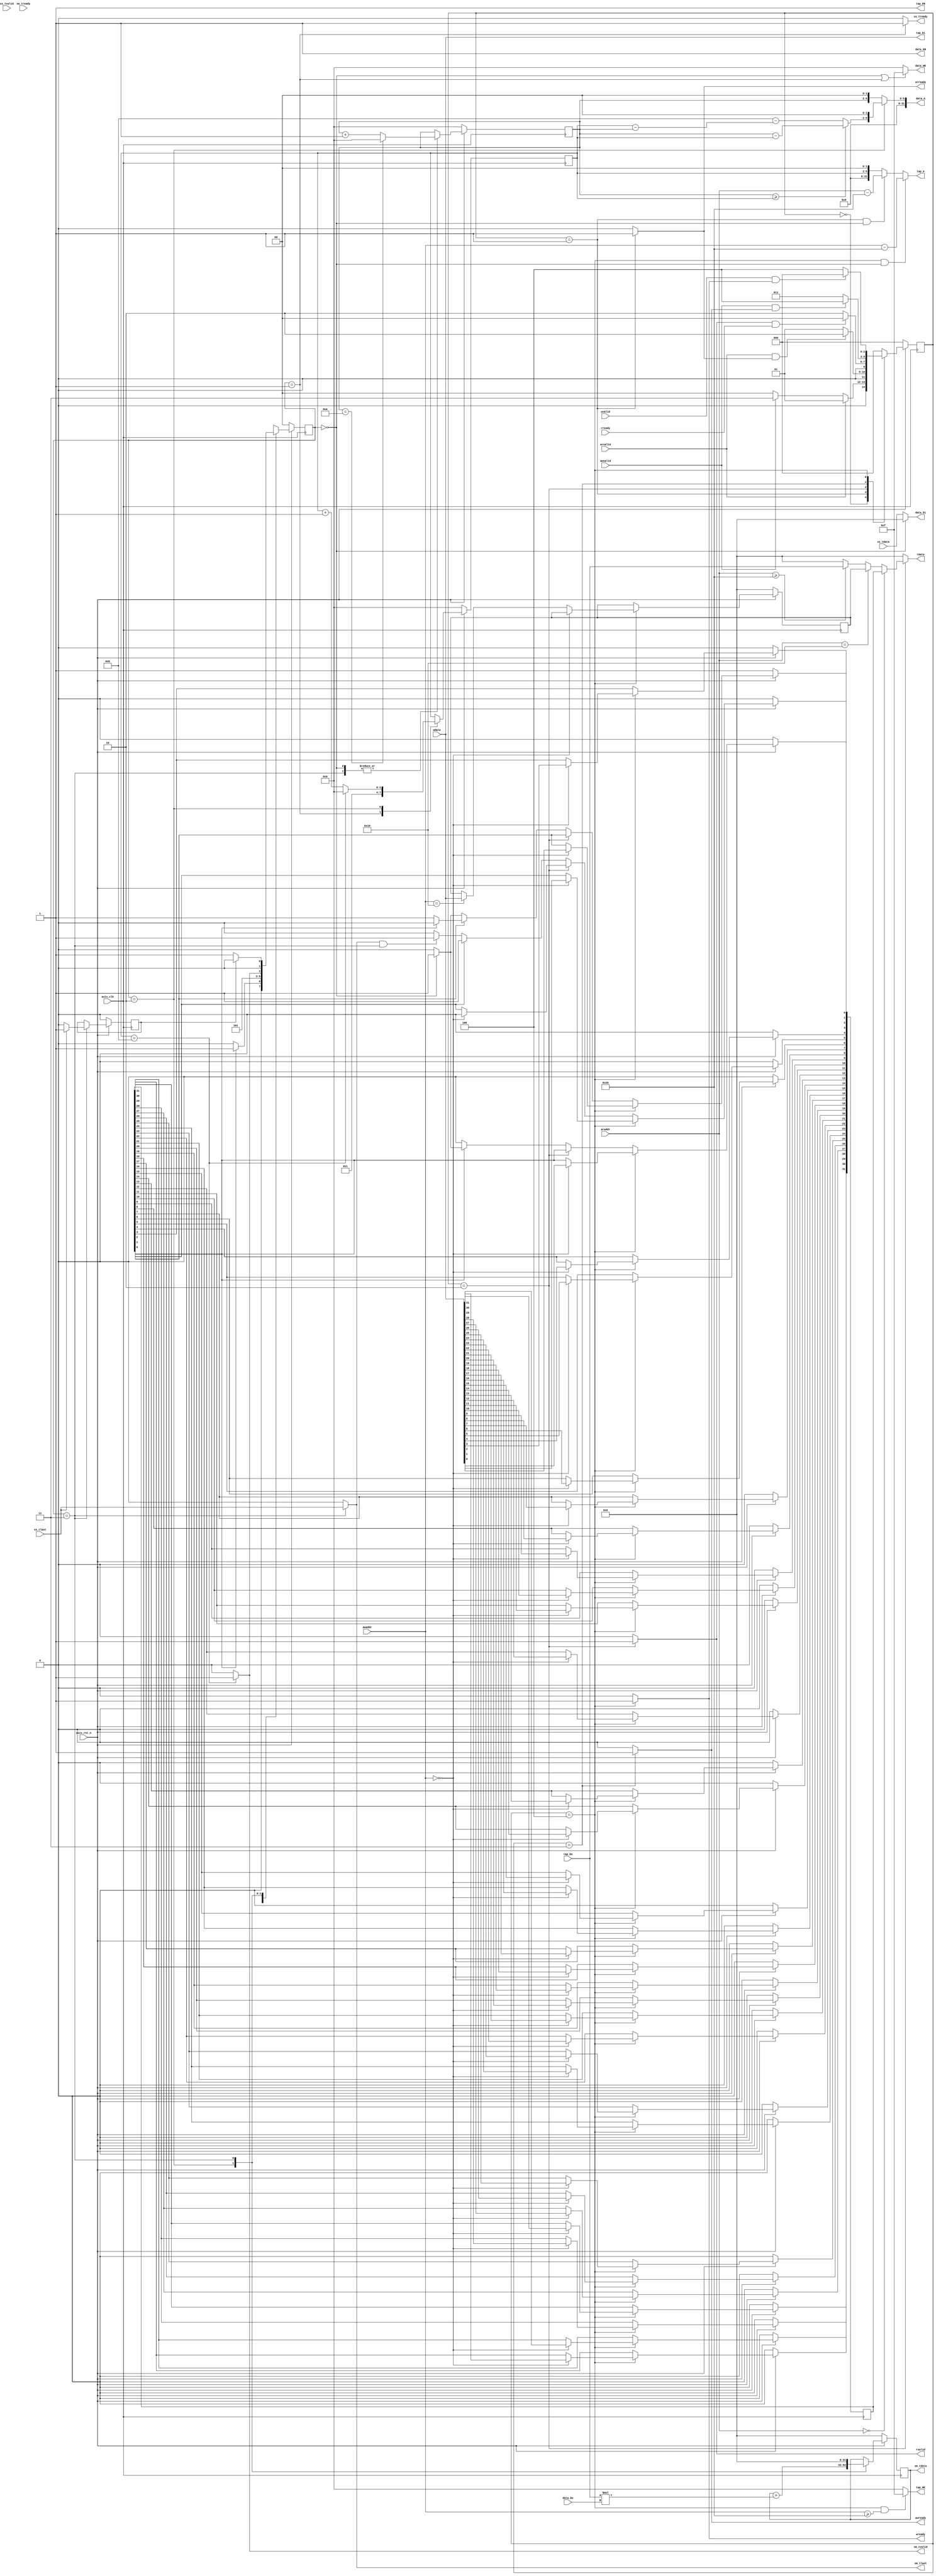
module fir
#(  parameter pADDR_WIDTH = 32,
    parameter pDATA_WIDTH = 32,
    parameter Tape_Num    = 11,
    parameter Addr_offset = 2,
    // state
    parameter IDLE = 3'b000,
    parameter RADDR = 3'b001,
    parameter RDATA = 3'b010,
    parameter WADDR = 3'b011,
    parameter WDATA = 3'b100,
    
    parameter fir_IDLE = 2'b00,
    parameter fir_PROG = 2'b01,
    parameter fir_COMP = 2'b10,
    parameter fir_DONE = 2'b11
)
(
    // axi4-lite write transaction
    input   wire [(pADDR_WIDTH-1):0] awaddr,
    input   wire                     awvalid,
    output  wire                     awready,
    
    input   wire                     wvalid,
    output  wire                     wready,
    input   wire [(pDATA_WIDTH-1):0] wdata, 
    // axi4-lite read transaction
    input   wire [(pADDR_WIDTH-1):0] araddr,
    input   wire                     arvalid,
    output  wire                     arready,
    
    output  wire                     rvalid,    
    input   wire                     rready,
    output  wire [(pDATA_WIDTH-1):0] rdata,
    
    //axi4-stream slave
    input   wire                     ss_tvalid, 
    output  wire                     ss_tready, 
    input   wire [(pDATA_WIDTH-1):0] ss_tdata, 
    input   wire                     ss_tlast, 
    //axi4-stream master
    output  wire                     sm_tvalid, 
    input   wire                     sm_tready, 
    output  wire [(pDATA_WIDTH-1):0] sm_tdata, 
    output  wire                     sm_tlast, 
    
    // bram for tap RAM
    output  wire [3:0]               tap_WE,
    output  wire                     tap_EN,
    output  wire [(pDATA_WIDTH-1):0] tap_Di,
    output  wire [(pADDR_WIDTH-1):0] tap_A,
    input   wire [(pDATA_WIDTH-1):0] tap_Do,

    // bram for data RAM
    output  wire [3:0]               data_WE,
    output  wire                     data_EN,
    output  wire [(pDATA_WIDTH-1):0] data_Di,
    output  wire [(pADDR_WIDTH-1):0] data_A,
    input   wire [(pDATA_WIDTH-1):0] data_Do,

    input   wire                     axis_clk,
    input   wire                     axis_rst_n
);


    /**********************************************/
    /*           define register                  */
    /**********************************************/
    // Configuration Register Address map
    reg [(pDATA_WIDTH-1):0] ap_ctrl_reg, data_length_reg;
    
    // FSM state register
    reg [2:0] state, next_state; // AXI_Lite FSM
    reg [1:0] fir_state, fir_next_state; // FIR FSM
    
    // temp sum
    reg signed [(pDATA_WIDTH-1):0] sum; 
    
    /**********************************************/
    /*           define register END              */
    /**********************************************/
    
    /**********************************************/
    /*           AXI_Lite Program                 */
    /**********************************************/
    // AR channel
    assign arready = (state == RADDR)? 1 : 0;
    
    // R channel
    assign rdata   = (state == RDATA)?
        (araddr == 32'h0000)? ap_ctrl_reg : 
        (araddr == 32'h0010)? data_length_reg : 
        (araddr >= 32'h0020)? tap_Do : 0 : 0 ;
    assign rvalid  = (state == RDATA)? 1 : 0;
    
    // AW channel
    assign awready = (state == WADDR)? 1 : 0;
    
    // W channel
    assign wready  = (state == WDATA)? 1 : 0;
  
    // next state for AXI-Lite
    always @(*) begin
		case (state)
			IDLE  : next_state = (arvalid)? RADDR : (awvalid)? WADDR : IDLE;
			RADDR : next_state = (arvalid && arready)? RDATA : RADDR;
			RDATA : next_state = (rvalid  && rready )? IDLE  : RDATA;
			WADDR : next_state = (awvalid && awready)? WDATA : WADDR;
			WDATA : next_state = (wvalid  && wready )? IDLE  : WDATA;
			default : next_state = IDLE;
		endcase
	end
	always @(posedge axis_clk) begin
        if (~axis_rst_n) begin
            state <= IDLE;
        end else begin
            state <= next_state;
        end
    end
    
    // ap_ctrl & data_length register configuration 
    integer i;
    always @(posedge axis_clk) begin
        if (~axis_rst_n) begin
            ap_ctrl_reg[0] <= 0; // ap_start
            ap_ctrl_reg[1] <= 0; // ap_done
            ap_ctrl_reg[2] <= 1; // ap_idle
            for (i = 3; i < pDATA_WIDTH; i=i+1) begin
                ap_ctrl_reg[i] <= 0;
            end
            data_length_reg <= 0;
        end 
        else begin
            if (state == WDATA) begin
                if (awaddr == 32'h0000) begin // 0x00
                    ap_ctrl_reg <= wdata;
                end 
                else if (awaddr == 32'h0010) begin // 0x10
                    data_length_reg <= wdata;
                end
            end 
            else if (state == RDATA) begin // When ap_done is read, i.e. address 0x00 is read
                ap_ctrl_reg[1] <= (awaddr == 32'h0000)? 0 : ap_ctrl_reg[1];
            end 
            else begin
                // ap_start
                ap_ctrl_reg[0] <= (ap_ctrl_reg[0] == 0)? 0 : 
                                  (fir_state == fir_IDLE)? 1 : 0;
                // ap_done is asserted when engine completes last data processing and data is transferred
                ap_ctrl_reg[1] <= (ap_ctrl_reg[1] == 1)? 1 :
                                  (sm_tlast == 1 && fir_state == fir_DONE)? 1 : 0;
                // ap_idle
                ap_ctrl_reg[2] <= (ap_ctrl_reg[2] == 1)? ((ap_ctrl_reg[0] == 1)? 0 : 1) :
                                  (fir_state == fir_IDLE)? 1 : 0;
            end      
        end
    end
    /**********************************************/
    /*              AXI_Lite Program END          */
    /**********************************************/
       
    /**********************************************/
    /*              AXI_Stream                    */
    /**********************************************/  
    
    reg [3:0] cnt;
    reg [3:0] write_ptr;
    wire [3:0] read_ptr;
    // flag for last fir output
    reg last; 
    
    assign ss_tready = (fir_state == fir_PROG)? 1 : 0;
    assign sm_tvalid = (cnt == Tape_Num)? 1 : 0;
    assign sm_tdata = sum;
    assign sm_tlast  = (fir_state == fir_DONE)? ss_tlast : 0;
    
    // read pointer and write pointer
    assign read_ptr = (write_ptr >= cnt)? (write_ptr-cnt) : Tape_Num-(cnt-write_ptr);
    
    // computation
    always @(posedge axis_clk) begin
        if (~axis_rst_n) begin
            write_ptr <= 0;
            cnt <= 0;
            sum <= 0;
            last <= 0;
		end 
        else begin 
            case (fir_state)
                fir_IDLE:begin
                    write_ptr <= (write_ptr == 10)? 0 : write_ptr+1;
                end
                fir_PROG:begin
                    cnt <= 1;
                end
                fir_COMP:begin
                    cnt <= (cnt == Tape_Num)? 0 : cnt+1;
                    sum <= sum + $signed(tap_Do) * $signed(data_Do);                    // 1 Multiplier & 1 adder
                end
                fir_DONE:begin                 
                    write_ptr <= (write_ptr == 10)? 0 : write_ptr+1;
                    sum <= 0;
                    last <= (ss_tlast == 1)? 1:0;
                end
            endcase
        end
    end
    
    // next state for AXI-Stream
    always @(*) begin
        case (fir_state)
            fir_IDLE: fir_next_state = (ap_ctrl_reg[0] == 1)? fir_PROG : fir_IDLE;    // wait ap_start to start fir engine       
            fir_PROG: fir_next_state = fir_COMP;            
            fir_COMP: fir_next_state = (cnt == Tape_Num)? fir_DONE : fir_COMP;
            fir_DONE: fir_next_state = (last == 1)? fir_IDLE : fir_PROG;
            default:  fir_next_state = fir_IDLE;
        endcase
    end
    always @(posedge axis_clk) begin
        if(~axis_rst_n)begin
            fir_state <= fir_IDLE;
        end
        else begin
            fir_state <= fir_next_state;
        end
    end
    
    /**********************************************/
    /*              AXI_Stream END                */
    /**********************************************/
    
    /**********************************************/
    /*           tap BRAM (coefficient)           */
    /**********************************************/
    
    assign tap_EN = 1;
    assign tap_WE = (state == WDATA && awaddr >= 32'h0020)? 4'b1111:0; // only AXI_lite write coefficient
    assign tap_Di = wdata;
    assign tap_A  = (state == WDATA && fir_state == fir_IDLE)? (awaddr-32'h0020) : // write coefficient
                   (state == RADDR && fir_state == fir_IDLE)? (araddr-32'h0020) :  // read coefficient
                   (cnt << Addr_offset);
                   
    /**********************************************/
    /*           tap BRAM (coefficient) END       */
    /**********************************************/

    /**********************************************/
    /*           data BRAM (Xn)                   */
    /**********************************************/
    
    assign data_EN = 1;
    assign data_WE = (fir_state == fir_IDLE || fir_state == fir_PROG)? 4'b1111 : 0;
    assign data_Di = (fir_state == fir_IDLE)? 0 : ss_tdata;
    assign data_A  = (fir_state == fir_COMP)? (read_ptr << Addr_offset) : (write_ptr << Addr_offset);

    /**********************************************/
    /*           data BRAM (Xn) END               */
    /**********************************************/


endmodule